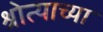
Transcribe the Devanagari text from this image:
श्रोत्याच्या